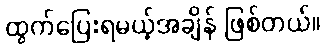
ထွက်ပြေးရမယ့်အချိန် ဖြစ်တယ်။